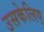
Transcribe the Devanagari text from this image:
उसकेलिए